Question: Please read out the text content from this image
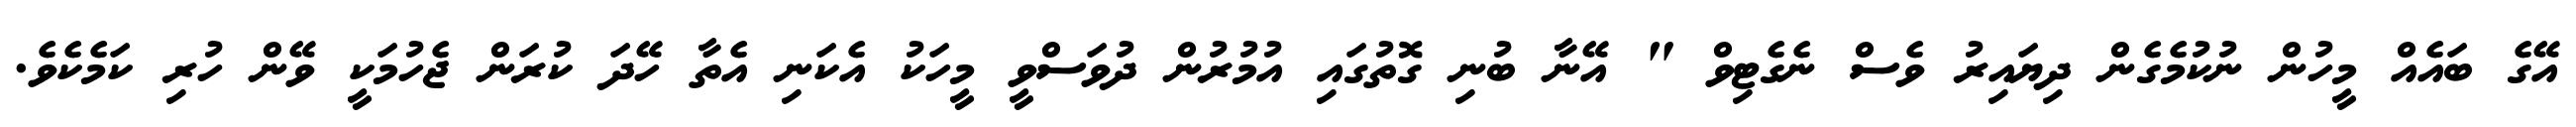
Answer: އޭގެ ބައެއް މީހުން ނުކުމެގެން ދިޔައިރު ވެސް ނެގެޓިވް " އޭނާ ބުނި ގޮތުގައި އުމުރުން ދުވަސްވީ މީހަކު އެކަނި އެތާ ހޭދަ ކުރަން ޖެހުމަކީ ވޭން ހުރި ކަމެކެވެ.